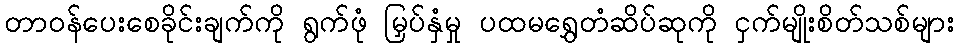
တာဝန်ပေးစေခိုင်းချက်ကို ရွက်ဖုံ မြှပ်နှံမှု ပထမရွှေတံဆိပ်ဆုကို ငှက်မျိုးစိတ်သစ်များ